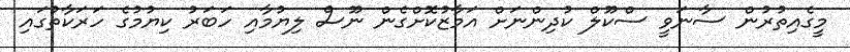
މީގެއިތުރުން ސާނަވީ ސްކޫލް ކުދިންނަށް އަމާޒުކޮށްގެން ނޫސް ލިޔުމާއި ހަބަރު ކިޔުމުގެ ހަރަކާތުގައި